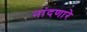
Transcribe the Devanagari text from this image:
नांदणारे